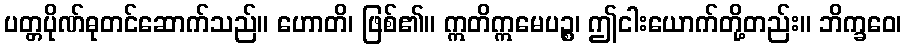
ပတ္တပိုဏ်ဓုတင်ဆောက်သည်။ ဟောတိ၊ ဖြစ်၏။ ဣတိဣမေပဉ္စ၊ ဤငါးယောက်တို့တည်း။ ဘိက္ခဝေ၊